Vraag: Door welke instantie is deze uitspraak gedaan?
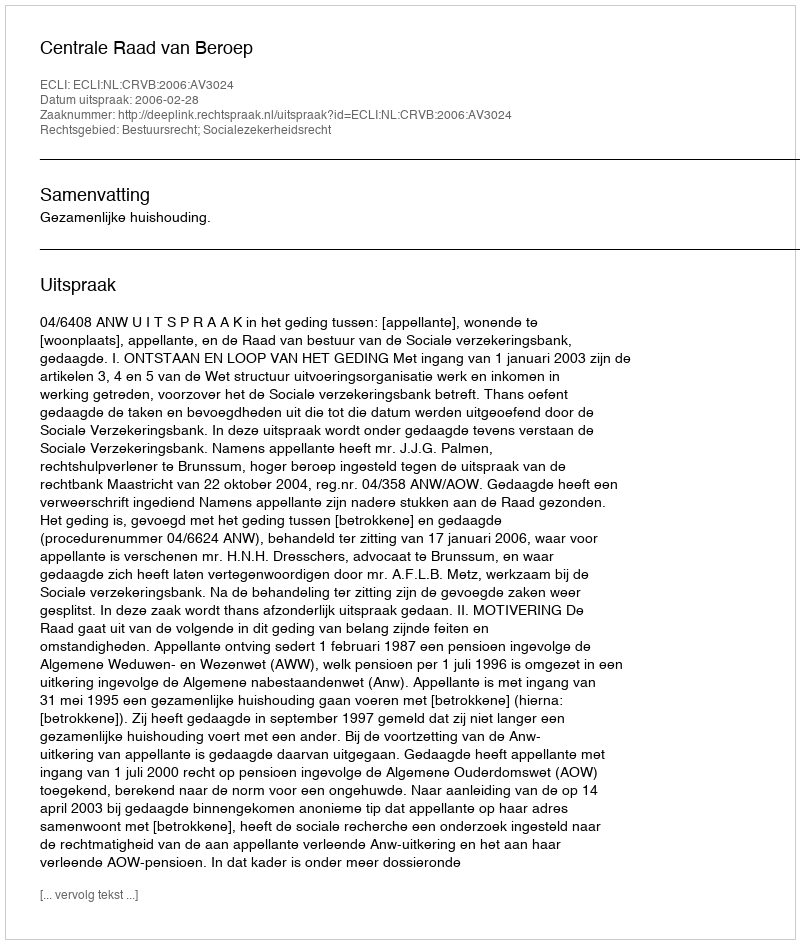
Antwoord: Centrale Raad van Beroep